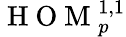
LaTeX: \mathrm{~H~O~M~}_{p}^{1,1}